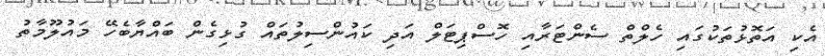
އެކި އަތޮޅުތަކުގައި ހެލްތް ސެންޓަރާއި ހޮސްޕިޓަލް އަދި ކައުންސިލުތައް ގުޅިގެން ބައްޔާބެހޭ މައުލޫމާތު